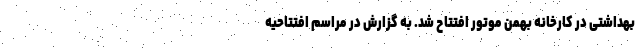
بهداشتی در کارخانه بهمن موتور افتتاح شد. به گزارش در مراسم افتتاحیه